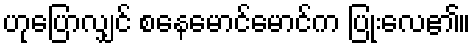
ဟုပြောလျှင် စနေမောင်မောင်က ပြုံးလေ၏။